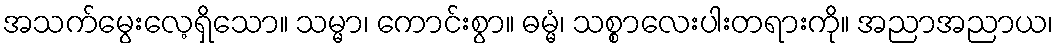
အသက်မွေးလေ့ရှိသော။ သမ္မာ၊ ကောင်းစွာ။ ဓမ္မံ၊ သစ္စာလေးပါးတရားကို။ အညာအညာယ၊